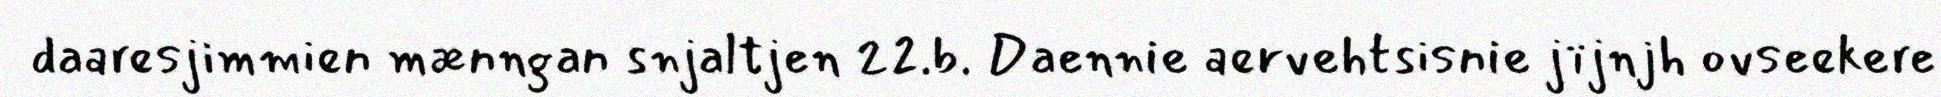
daaresjimmien mænngan snjaltjen 22.b. Daennie aervehtsisnie jïjnjh ovseekere